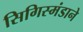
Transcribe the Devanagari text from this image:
सिगिस्मंडाने